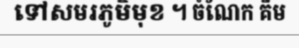
ទៅសមរភូមិមុខ ។ ចំណែក គឹម